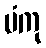
မံကု